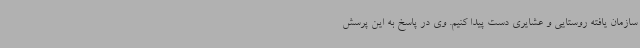
سازمان یافته روستایی و عشایری دست پیدا کنیم. وی در پاسخ به این پرسش